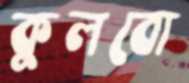
কুলবো